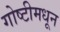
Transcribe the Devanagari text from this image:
गोष्टीमधून